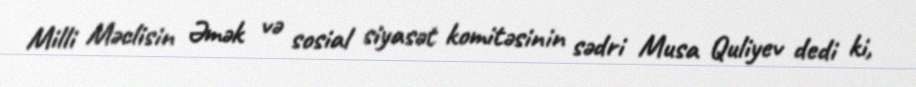
Milli Məclisin Əmək və sosial siyasət komitəsinin sədri Musa Quliyev dedi ki,